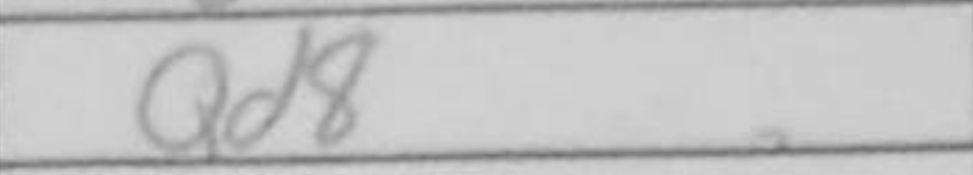
Transcription: Qd8